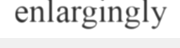
enlargingly